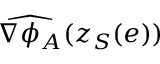
\widehat { \nabla \phi _ { A } } ( z _ { S } ( e ) )